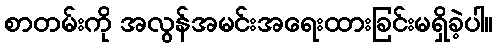
စာတမ်းကို အလွန်အမင်းအရေးထားခြင်းမရှိခဲ့ပါ။